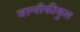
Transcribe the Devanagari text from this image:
वल्नीफीकुस